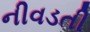
નીવડતી